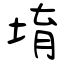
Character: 堉